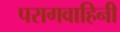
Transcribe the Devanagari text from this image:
परागवाहिनी